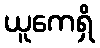
ယူကေရှိ